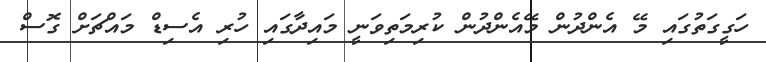
ހަގީގަތުގައި މޭ އެންދުން މޭއެންދުން ކުރިމަތިވަނީ މައިދާގައި ހުރި އެސިޑް މައްޗަށް ގޮސް